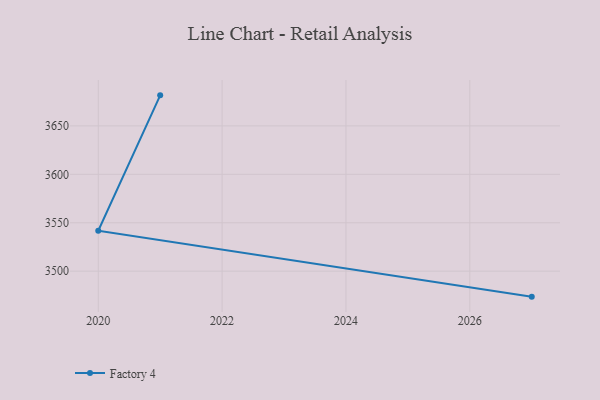
{"axis": {"x": "Year", "y": "Gross Profit (USD K)"}, "legend": ["Factory 4"], "data": [{"x": "2027", "y": 3473.7, "type": "Factory 4"}, {"x": "2020", "y": 3541.7, "type": "Factory 4"}, {"x": "2021", "y": 3681.5, "type": "Factory 4"}]}